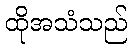
ထိုအသံသည်